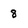
Character: 8